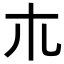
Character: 𣎳